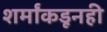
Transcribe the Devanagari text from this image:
शर्मांकडूनही